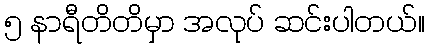
၅ နာရီတိတိမှာ အလုပ် ဆင်းပါတယ်။